Calcutta medical institutions reports 1892-1900
Year: 1892
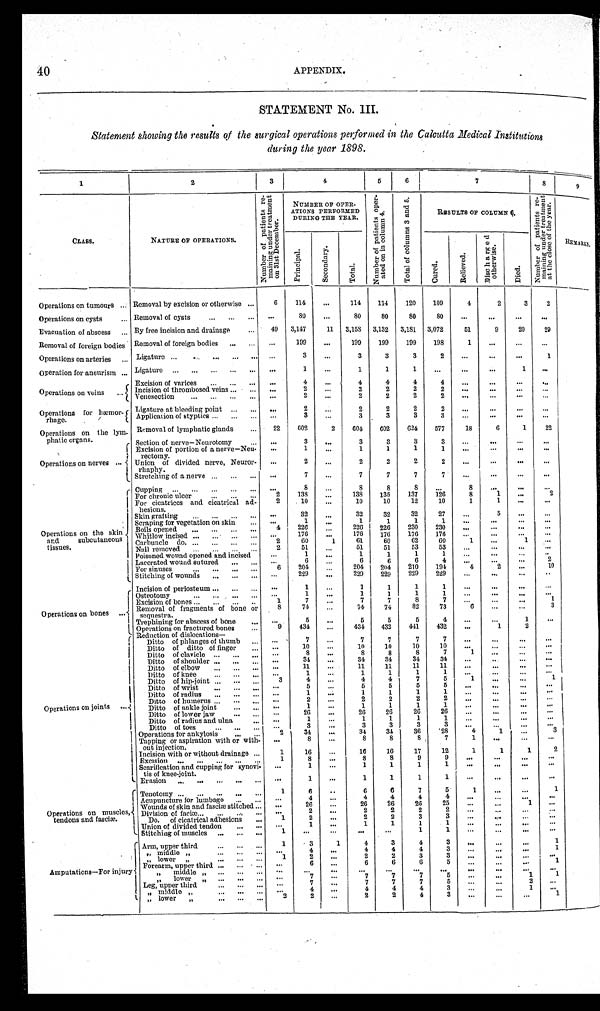
40
APPENDIX.
STATEMENT No. III.
Statement showing the results of the surgical operations performed in the Calcutta Medical Institutions
during the year 1898.
1
2
3
4
5
6
7
8
9
CLASS.
NATURE OF OPERATIONS.
N u m b e r o f p a t i e n t s r e - m a i n i n g u n d e r t r e a t m e n t o n 3 1 s t D e c e m b e r .
NUMBER OF OPER-
ATIONS PERFORMED
DURING THE YEAR
N u m b e r o f p a t i e n t s o p e r - a t e d o n i n c o l u m n 4 .
T o t a l o f c o l u m n 3 a n d 5 .
RESULTS OF COLUMN 6.
N u m b e r o f p a t i e n t s r e - m a i n i n g u n d e r t r e a t m e n t a t t h e c l o s e o f t h e y e a r .
R E M A R K S .
P r i n c i p a l .
S e c o n d a r y .
T o t a l .
C u r e d .
R e l i e v e d .
D i s c h a r g e d o t h e r w i s e .
D i e d .
Operations on tumours . . . Removal by excision or otherwise . . .
6
114
. . .
114
114
120
109
4
2
3
2
Operations on cysts . . . Removal of cysts . . .
. . .
8 0
. . .
80
80
80
80
. . .
. . .
. . .
. . .
Evacuation of abscess . . . By free incision and drainage . . .
49
3,147
11
3,158
3,132
3,181
3,072
51
9
20
29
Removal of foreign bodies
Removal of foreign bodies . . .
. . .
199
. . .
199
199
199
198
1
. . .
. . .
. . .
Operations on arteries . . .
Ligature . . .
. . .
3
. . .
3
3
3
2 . . .
. . .
. . .
1
Operation for aneurism . . . Ligature . . .
. . .
1
. . .
1
1
1
. . .
. . .
. . .
1
. . .
Operations on veins . . .
Excision of varices . . .
. . .
4
. . .
4
4
4
4
. . .
. . .
. . .
. . .
Incision of thrombosed veins . . .
. . .
2
. . .
2
2
2
2
. . .
. . .
. . .
. . .
Venesection . . .
. . .
2
. . .
2
2
2
2
. . .
. . .
. . . . . .
Operations for hæmor
-
rhage.
Ligature at bleeding point . . .
. . .
2
. . .
2
2
2
2
. . .
. . .
. . .
. . .
Application of styptics . . .
. . .
3
. . .
3
3
3
3
. . .
. . .
. . .
. . .
Operations on the lym-
phatic organs.
Operations on nerves . . .
Removal of lymphatic glands . . .
22
602
2
604
602
624
577
18
6
1
22
Section of nerve—Neurotomy . . .
. . .
3
. . .
3
3
3
3 . . .
. . .
. . .
. . .
Excision of portion of a nerve—Neu-
rectomy.
. . .
1
. . .
1
1
1
1
. . .
. . .
. . .
. . .
Union of divided nerve, Neuror-
rhaphy.
. . .
2
. . .
2
2
2
2
. . .
. . .
. . .
. . .
Stretching of a nerve . . .
. . .
7
. . .
7
7
7
7
. . .
. . .
. . .
. . .
O p e r a t i o n s o n t h e
on
subcutaneous
skin
and
tissues.
Cupping . . .
. . .
8
. . .
8
8
8
. . .
8
. . .
. . .
. . .
For chronic ulcer . . .
2
1 3 8
. . .
138
135
137
126
8
1
. . .
2
For cicatrices and cicatrical ad-
hesions.
2
10
. . .
10
10
12
10
1
1
. . .
. . .
Skin grafting . . .
. . .
32
. . .
32
32
32
27
. . .
5
. . .
. . .
Scraping for vegetation on skin . . .
. . .
1
. . .
1
1
1
1
. . .
. . .
. . .
. . .
Boils opened . . .
4
226
. . .
226
226
230
230
. . .
. . .
. . .
. . .
Whitlow incised . . .
. . .
176
. . .
176
176
176
176
. . .
. . .
. . .
. . .
Carbuncle do . . .
2
60
1
61
60
62
60
1
. . .
1
Nail removed . . .
2
51 . . .
51
51
53
53 . . .
. . . . . .
. . .
Poisoned wound opened and incised
. . .
1
. . .
1
1
1
1
. . .
. . . . . .
. . .
Lacerated wound sutured . . .
. . .
6
. . .
6
6
6
4
. . .
. . .
. . .
2
For sinuses . . .
6
204
. . .
204
204
210
194
4
2
. . .
10
Stitching of wounds . . .
. . .
229
. . .
229
229
229
229
. . .
. . .
. . .
. . .
Operations on bones . . .
Incision of periosteum . . .
. . .
1
. . .
1
1
1
1
. . .
. . .
. . .
. . .
Osteotomy . . .
. . .
1
. . .
1
1
1
1
. . .
. . .
. . .
. . .
Excision of bones . . .
1
7
. . .
7
7
8
7
. . .
. . .
. . .
1
Removal of fragments of bone or
semquestra.
8
74
. . .
74
74
82
73
6
. . .
. . .
3
Trephining for abscess of bone . . .
. . .
5
. . .
5
5
5
4 . . .
. . .
1
. . .
Operations on fractured bones . . .
9
434
. . .
434
432
441
432
. . .
1
2
O p e r a t i o n s o n j o i n t s . . .
Reduction of dislocations
—
Ditto of phlanges of thumb . . .
. . .
7
. . .
7
7
7
7
. . .
. . .
. . .
. . .
Ditto of ditto of finger . . .
. . .
10
. . .
10
10
10
10
. . .
. . .
. . .
. . .
Ditto of clavicle . . .
. . .
8
. . .
8
8
8
7
1
. . .
. . .
. . .
Ditto of shoulder . . .
. . .
34
. . .
34
34
34
34
. . .
. . .
. . .
. . .
Ditto of elbow
. . .
. . .
11
. . .
11
11
11
11
. . .
. . .
. . .
. . .
Ditto of knee . . .
. . .
1
. . .
1
1
1
1
. . .
. . .
. . .
. . .
Ditto of hip-joint . . .
3
4
. . .
4
4
7
5
1
. . .
. . .
1
Ditto of wrist
. . .
. . .
5
. . .
5
5
5
5
. . .
. . .
. . .
. . .
Ditto of radius . . .
. . .
1
. . .
1
1
1
1
. . .
. . .
. . .
. . .
Ditto of humerus . . .
. . .
2
. . .
2
2
2
2
. . .
. . .
. . .
. . .
Ditto of ankle joint . . .
. . .
1
. . .
1
1
1
1
. . .
. . .
. . .
. . .
Ditto of lower jaw . . .
. . .
26
. . .
26
26
26
26
. . .
. . .
. . .
. . .
Ditto of radius and ulna . . .
. . .
1
. . .
1
1
1
1
. . .
. . .
. . .
. . .
Ditto of toes . . .
. . .
3
. . .
3
3
3
3
. . .
. . .
. . .
. . .
Operations for ankylosis . . .
2
34
. . .
34
34
36
28
4
1
. . .
3
Tapping or aspiration with or with-
out injection.
. . .
8
. . .
8
8
8
7
1
. . .
. . .
. . .
Incision with or without drainage . . .
1
16
. . .
16
16
17
12
1
1
1
2
Excision . . .
1
8
. . .
8
8
9
. . 9 . . . .
. . .
. . .
. . .
Scarification and cupping for synovi-
tis of knee-joint.
. . .
1
. . .
1
1
1
1
. . .
. . .
. . .
. . .
E r a s i o n . . .
. . .
1
. . .
1
1
1
1
. . .
. . .
. . .
. . .
O p e r a t i o n s o n m u s c l e s ,
tendons and fasciæ.
Tenotomy . . .
1
6
. . .
6
6
7
5
1
. . .
. . .
1
Acupuncture for lumbago . . .
. . .
4
. . .
4
4
4
4
. . .
. . .
. . .
. . .
Wounds of skin and fasciæ stitched . . .
. . .
26
. . .
26
26
26
25
. . .
. . .
1
. . .
Division offfaciæ. . .
. . .
2
. . .
2
2
2
2
. . .
. . .
. . .
. . .
Do.
of cicatrical adhesions . . .
1
2
. . .
2
2
3
3
. . .
. . .
. . .
. . .
Union of divided tendon . . .
. . .
1
. . .
1
1
1
1
. . .
. . .
. . .
. . .
Stitching of muscles . . . 1
. . .
. . .
. . .
. . .
1
1
. . .
. . .
. . .
. . .
Amputations—For injury
Arm, upper third . . .
1
3
1
4
3
4
3
. . .
. . .
. . .
1
"
middle " . . .
. . .
4 . . .
4
4
4
3
. . .
. . .
. . .
1
"
lower " . . .
1
2
. . .
2
2
3
3
. . .
. . .
. . .
. . .
Forearm, upper third . . .
. . .
6
. . .
6
6
6
5
. . .
. . .
. . .
1.
" middle " . . .
. . .
. . .
. . .
. . .
. . .
. . .
. . .
. . .
. . .
. . .
. . .
"
lower " . . .
. . .
7
. . .
7
7
7
5
. . .
. . .
1
1
Leg, upper third. . . .
. . .
7
. . .
7
7
7
5
. . .
. . .
2
. . .
"
m i d d l e "
. . .
4
. . .
4
4
4
3
. . .
. . .
1
. . .
"
lower
" . . .
2
2
2
2
4
3
. . .
. . .
. . .
1